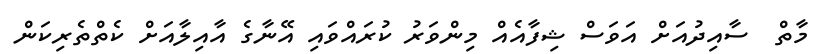
މާތް  ސާއިދުއަށް އަވަސް ޝިފާއެއް މިންވަރު ކުރައްވައި އޭނާގެ އާއިލާއަށް ކެތްތެރިކަން